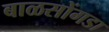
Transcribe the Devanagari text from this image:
बाळसोंगडा